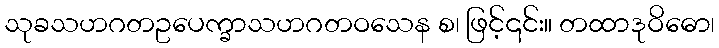
သုခသဟဂတဥပေက္ခာသဟဂတဝသေန စ၊ ဖြင့်၎င်း။ တထာဒုဝိဓော၊